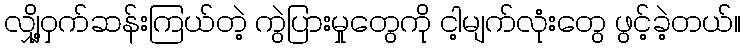
လျှို့ဝှက်ဆန်းကြယ်တဲ့ ကွဲပြားမှုတွေကို ငါ့မျက်လုံးတွေ ဖွင့်ခဲ့တယ်။